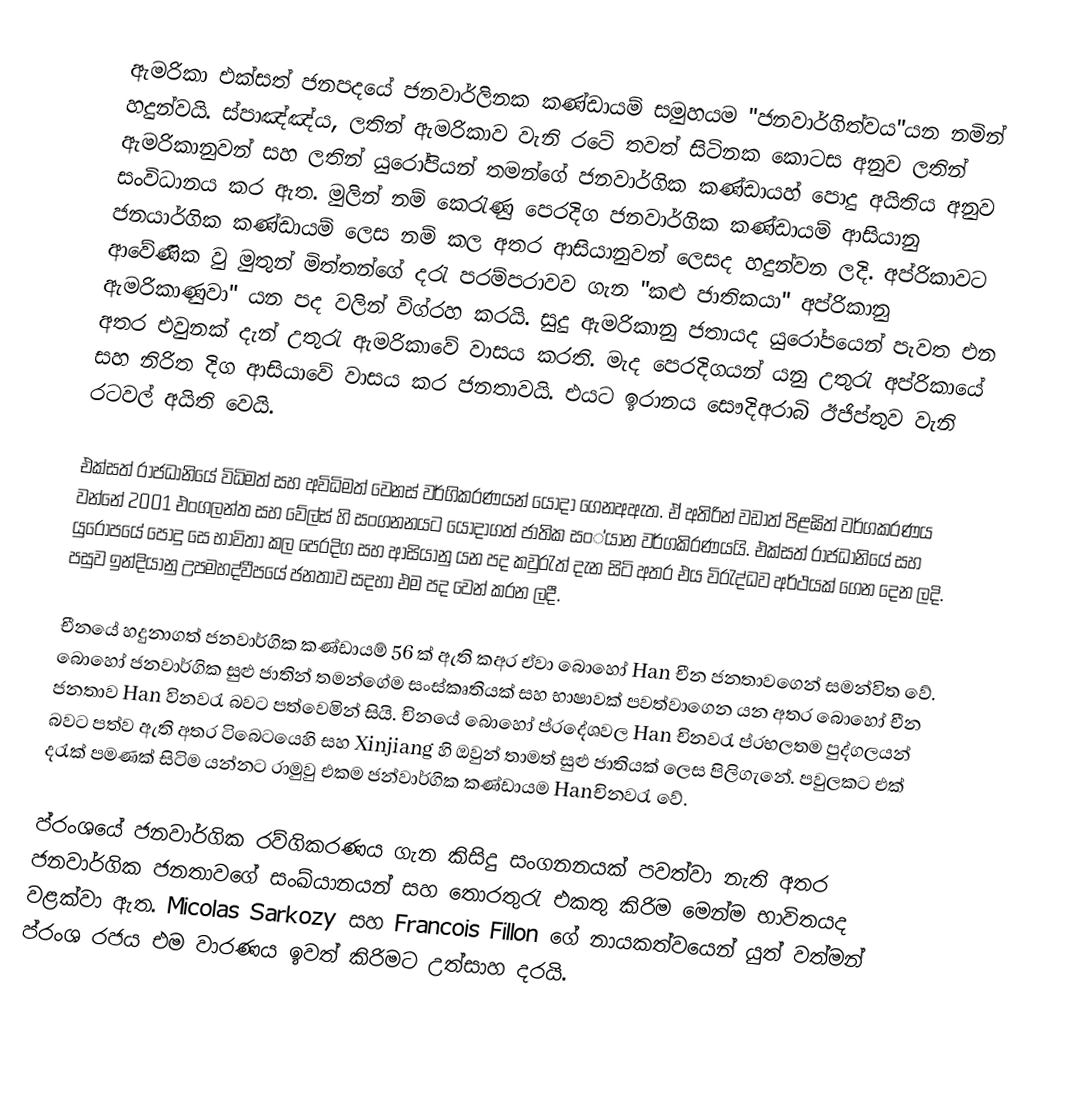
ඇමරිකා එක්සත් ජනපදයේ ජනවාර්ලිනක කණ්ඩායම් සමුහයම "ජනවාර්ගිත්වය"යන නමින් හදුන්වයි. ස්පාඤ්ඤ්ය, ලතින් ඇමරිකාව වැනි රටේ තවත් සිටිනක කොටස අනුව ලතින් ඇමරිකානුවන් සහ ලතින් යුරෝපියන් තමන්ගේ ජනවාර්ගික කණ්ඩායහ් පොදු අයිතිය අනුව සංවිධානය කර ඇත. මුලින් නම් කෙරැණු පෙරදිග ජනවාර්ගික කණ්ඩායම් ආසියානු ජනයාර්ගික කණ්ඩායම් ලෙස නම් කල අතර ආසියානුවන් ලෙසද හදුන්වන ලදි. අප්රිකාවට ආවේණික වු මුතුන් මිත්තන්ගේ දරැ පරම්පරාවව ගැන "කළු ජාතිකයා" අප්රිකානු ඇමරිකාණුවා" යන පද වලින් විග්රහ කරයි. සුදු ඇමරිකානු ජතායද යුරෝපයෙන් පැවත එන අතර එවුනක් දැන් උතුරැ ඇමරිකාවේ වාසය කරති. මැද පෙරදිගයන් යනු උතුරැ අප්රිකායේ සහ නිරිත දිග ආසියාවේ වාසය කර ජනතාවයි. එයට ඉරානය සෞදිඅරාබි ඊජිප්තුව වැනි රටවල් අයිති වෙයි.

එක්සත් රාජධානියේ විධිමත් සහ අවිධිමත් වෙනස් වර්ගිකරණයන් යොදා ගෙනඅඇත. ඒ අතිරින් වඩාත් පිළඝිත් වර්ගකරණය වන්නේ 2001 එංගලන්ත සහ වේල්ස් හි සංගනනයට යොදාගත් ජාතික සං්යාන වර්ගකිරණයයි. එක්සත් රාජධානියේ සහ යුරොපයේ පොදු සෙ භාවිතා කල පෙරදිග සහ ආසියානු යන පද කවුරැත් දැන සිටි අතර එය විරැද්ධව අර්ථයක් ගෙන දෙන ලදි. පසුව ඉන්දියානු උපමහද්වීපයේ ජනතාව සදහා එම පද වෙන් කරන ලදී.

චීනයේ හදුනාගත් ජනවාර්ගික කණ්ඩායම් 56 ක් ඇති කඅර ඒවා බොහෝ Han චීන ජනතාවගෙන් සමන්විත වේ. බොහෝ ජනවාර්ගික සුළු ජාතින් තමන්ගේම සංස්කෘතියක් සහ භාෂාවක් පවත්වාගෙන යන අතර බොහෝ චීන ජනතාව Han විනවරැ බවට පත්වෙමින් සියි. චිනයේ බොහෝ ප්රදේශවල Han චිනවරැ ප්රභලතම පුද්ගලයන් බවට පත්ව ඇති අතර ටිබෙටයෙහි සහ Xinjiang හි ඔවුන් තාමත් සුළු ජාතියක් ලෙස පිලිගැනේ. පවුලකට එක් දරැක් පමණක් සිටිම යන්නට රාමුවු එකම ජන්වාර්ගික කණ්ඩායම Hanචිනවරැ වේ.

ප්රංශයේ ජනවාර්ගික රව්ගිකරණය ගැන කිසිදු සංගනනයක් පවත්වා නැති අතර ජනවාර්ගික ජනතාවගේ සංඛ්යානයන් සහ තොරතුරැ එකතු කිරිම මෙන්ම භාවිතයද වළක්වා ඇත. Micolas Sarkozy සහ  Francois Fillon ගේ නායකත්වයෙන් යුත් වත්මන් ප්රංශ රජය එම වාරණය ඉවත් කිරිමට උත්සාහ දරයි.